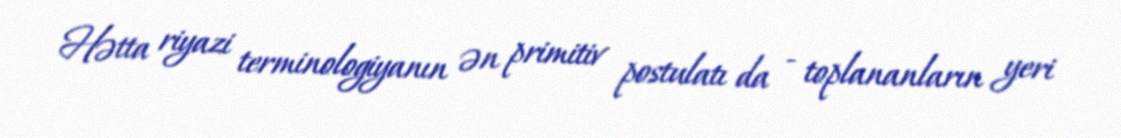
Hətta riyazi terminologiyanın ən primitiv postulatı da - toplananların yeri